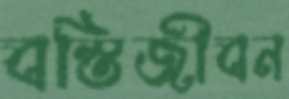
বস্তিজীবন